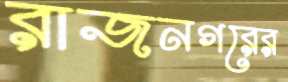
রাজনগরের